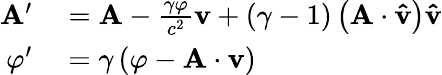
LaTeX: \begin{array}{rl}{\mathbf{A}^{\prime}}&{{}=\mathbf{A}-{\frac{\gamma\varphi}{c^{2}}}\mathbf{v}+\left(\gamma-1\right)\left(\mathbf{A}\cdot\mathbf{\hat{v}}\right)\mathbf{\hat{v}}}\\ {\varphi^{\prime}}&{{}=\gamma\left(\varphi-\mathbf{A}\cdot\mathbf{v}\right)}\end{array}